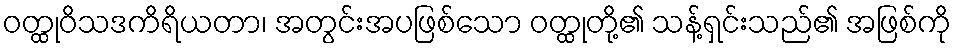
ဝတ္ထုဝိသဒကိရိယတာ၊ အတွင်းအပဖြစ်သော ဝတ္ထုတို့၏ သန့်ရှင်းသည်၏ အဖြစ်ကို